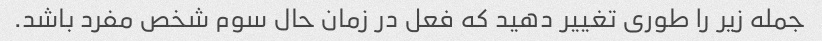
جمله زیر را طوری تغییر دهید که فعل در زمان حال سوم شخص مفرد باشد.